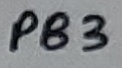
Text: PB3